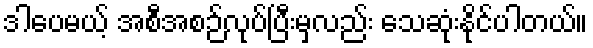
ဒါပေမယ့် အစီအစဉ်လုပ်ပြီးမှလည်း သေဆုံးနိုင်ပါတယ်။